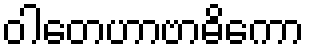
ဝါတေဟာဗာဓိကော